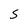
Character: S